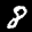
Label: 8